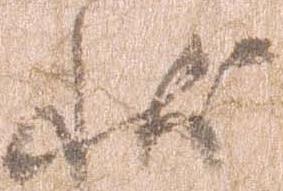
状